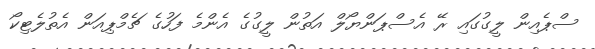
ސްޕެއިން ލީގުގައި ރޭ އެސްޕަންޔޯލް އަތުން ލީގުގެ އެންމެ ފަހުގެ ޗެމްޕިއަން އެތުލެޓިކޯ